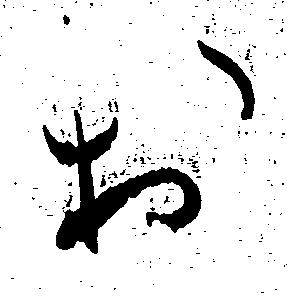
お